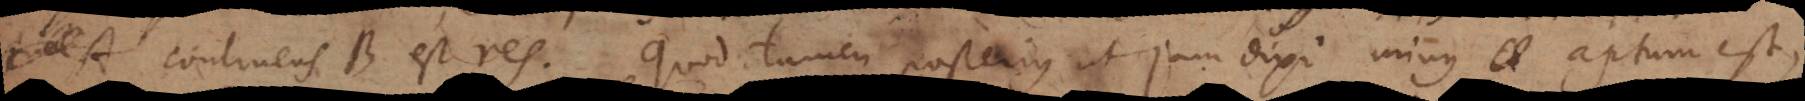
A continens B est res. Quod tamen posterius ut jam dixi minus aptum est,